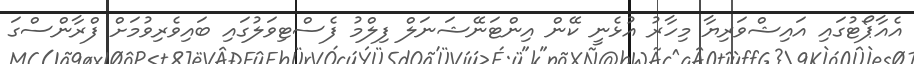
އެއާޕޯޓުގައި އައިޝްވަރިޔާ މިހާރު އުޅެނީ ކޭން އިންޓަނޭޝަނަލް ފިލްމު ފެސްޓިވަލުގައި ބައިވެރިވުމަށް ފްރާންސްގަ